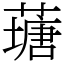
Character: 䕋